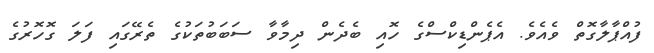
ފުއްޕާލާގޮތް ވެއެވެ. އެޕެންޑިކްސްގެ ހޮއި ބެދެން ދިމާވާ ސަބަބުތަކުގެ ތެރޭގައި ފަލަ ގޮހޮރުގެ